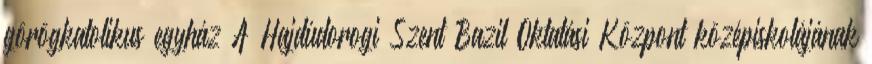
görögkatolikus egyház A Hajdúdorogi Szent Bazil Oktatási Központ középiskolájának